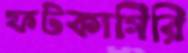
ফটকাগিরি